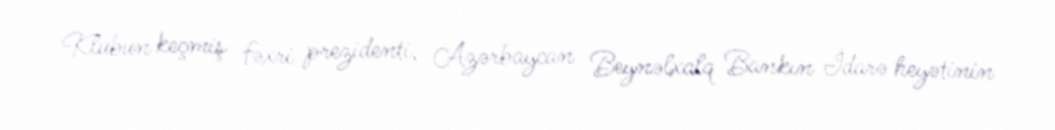
Klubun keçmiş fəxri prezidenti, Azərbaycan Beynəlxalq Bankın İdarə heyətinin